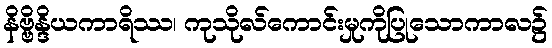
နိဗ္ဗိန္ဒိယကာရိဿ၊ ကုသိုလ်ကောင်းမှုကိုပြုသောကာလ၌